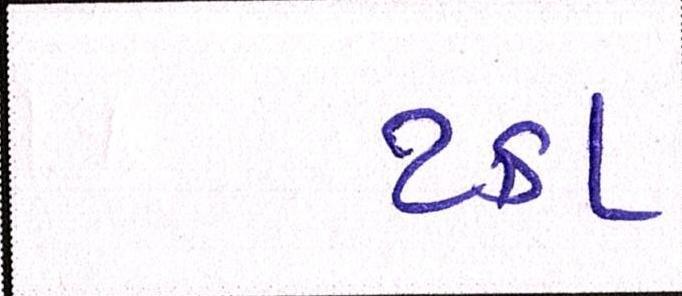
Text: ટકા